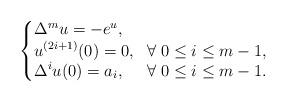
LaTeX: \begin{align*}\begin{cases}\begin{aligned}&\Delta^m u=-e^u, && \\&u^{(2i+1)}(0)=0, && \forall\; 0\leq i\leq m-1,\\&\Delta^iu(0)=a_i,&& \forall\; 0\leq i\leq m-1.\end{aligned}\end{cases}\end{align*}